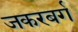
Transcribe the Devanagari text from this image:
जकरबर्ग